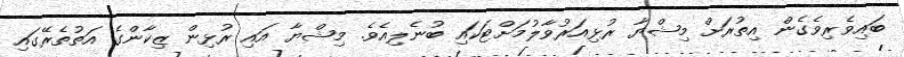
ބައިވެރިވެގެން އިތުރަށް މިޝްޔާ ރުޅިއަރުވާލުމަށްޓަކައި ބުނެލިއެވެ. މިޝްޔާ އައި ރުޅިން ޒިކާންގެ އަތުތެރޭގައި